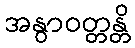
အနွာဝတ္တန္တိ